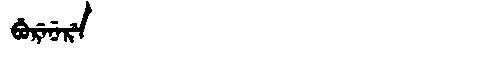
Manchu: ᠪᡠᡵᡝᠨᡝᡵᡝ
Romanization: BURENERE